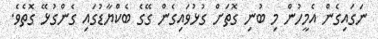
ނަގައިގެން އެމީހުން މި ބުނި ގޮތަށް ގުޅުވައިގެން ގޭގެ ބެކްޔާޑުގައި ގެންގުޅޭ ގޮތެވެ.